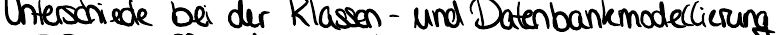
Unterschiede bei der Klassen - und Datenbankmodellierung